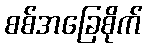
စစ်အခြေစိုက်